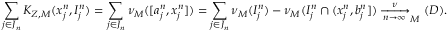
\sum _ { j \in J _ { n } } K _ { Z , M } ( x _ { j } ^ { n } , I _ { j } ^ { n } ) = \sum _ { j \in J _ { n } } \nu _ { M } ( [ a _ { j } ^ { n } , x _ { j } ^ { n } ] ) = \sum _ { j \in J _ { n } } \nu _ { M } ( I _ { j } ^ { n } ) - \nu _ { M } ( I _ { j } ^ { n } \cap ( x _ { j } ^ { n } , b _ { j } ^ { n } ] ) \xrightarrow [ n \to \infty ] \nu _ { M } ( D ) .